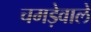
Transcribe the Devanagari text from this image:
चमड़ेवाले